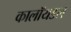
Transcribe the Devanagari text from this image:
कालॉयडल